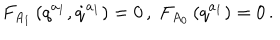
F _ { A _ { 1 } } \left( q ^ { a _ { 1 } } , \dot { q } ^ { a _ { 1 } } \right) = 0 \, , \; F _ { A _ { 0 } } \left( q ^ { a _ { 1 } } \right) = 0 \, .